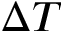
\Delta T